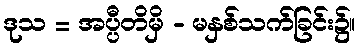
ဒုသ = အပ္ပီတိမှိ - မနှစ်သက်ခြင်း၌။